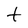
Character: t